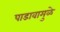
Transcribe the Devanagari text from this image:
पाडावामुळे